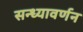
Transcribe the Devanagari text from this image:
सन्ध्यावर्णन